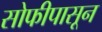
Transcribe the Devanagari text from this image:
सोफीपासून